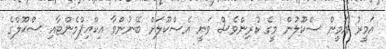
އަމީރު އަމީން ސްކޫލުން މީގެ ކުރިންވެސް ވަނީ އެސްކޫލަށް ބޭނުންވާ އިކްއިޕްމެންޓާއި ސްކޫލްގެ